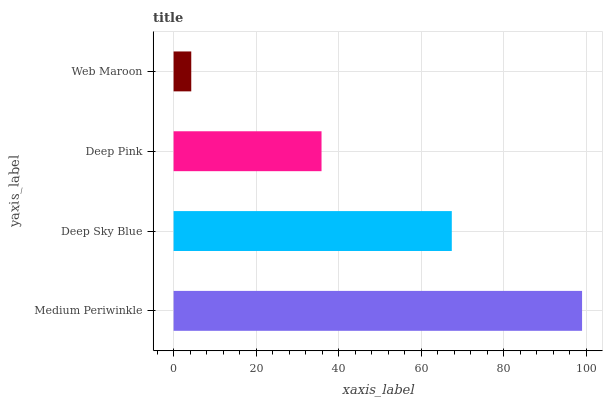
| yaxis_label | bars |
 | --- | --- |
 | Medium Periwinkle | 99 |
 | Deep Sky Blue | 67.4 |
 | Deep Pink | 35.9 |
 | Web Maroon | 4.28 |